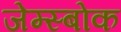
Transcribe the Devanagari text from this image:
जेम्स्बोक